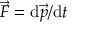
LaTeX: { \vec { F } } = \mathrm { d } { \vec { p } } / \mathrm { d } t